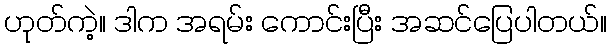
ဟုတ်ကဲ့။ ဒါက အရမ်း ကောင်းပြီး အဆင်ပြေပါတယ်။